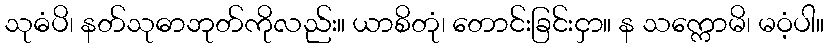
သုဓံပိ၊ နတ်သုဓာဘုတ်ကိုလည်း။ ယာစိတုံ၊ တောင်းခြင်းငှာ။ န သက္ကောမိ၊ မဝံ့ပါ။